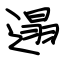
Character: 遢